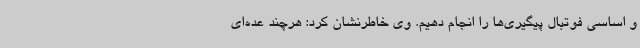
و اساسی فوتبال پیگیری‌ها را انجام دهیم. وی خاطرنشان کرد: هرچند عده‌ای